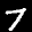
Label: 7